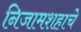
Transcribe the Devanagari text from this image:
निजामशहाचे